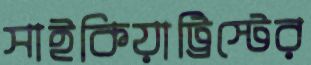
সাইকিয়াট্রিস্টের